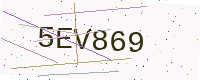
Text: 5EV869